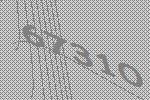
67310